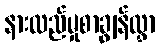
နားလည်မှုစာချွန်လွှာ